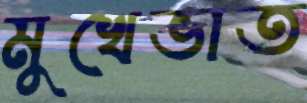
মুখেভাত